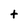
Character: t